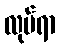
လုပ်ရာ